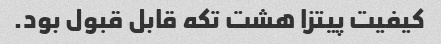
کیفیت پیتزا هشت تکه قابل قبول بود.